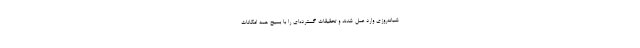
شبانه‌روزی وارد عمل شدند و تحقیقات گسترده‌ای را با بسیج همه امکانات